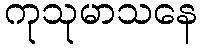
ကုသုမာသနေ